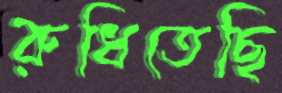
রুধিতেছি